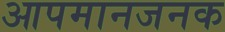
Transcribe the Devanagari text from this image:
आपमानजनक